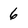
Character: 6